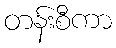
တန်းစီကာ